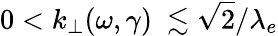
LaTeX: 0<k_{\perp}(\omega,\gamma)\ \lesssim\sqrt{2}/\lambda_{e}